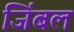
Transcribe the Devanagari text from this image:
जिंबल